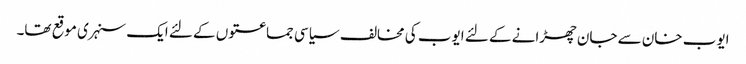
ایوب خان سے جان چھڑانے کے لئے ایوب کی مخالف سیاسی جماعتوں کے لئے ایک سنہری موقع تھا۔